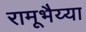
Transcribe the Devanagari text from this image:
रामूभैय्या